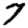
Digit: 7